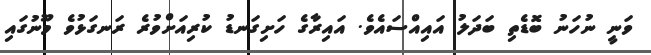
ވަނީ ނުހަނު ބޮޑެތި ބަދަލު އައިއްސައެވެ. އައިރާގެ ހަށިގަނޑު ކުރިއަށްވުރެ ރަނގަޅުވެ މޫނުގައި